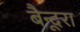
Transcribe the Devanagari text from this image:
बैन्दूरा